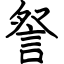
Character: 詧